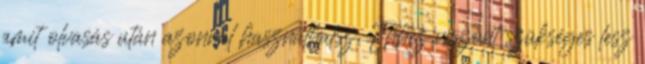
amit olvasás után azonnal használhatsz. Ehhez viszont szükséges lesz